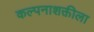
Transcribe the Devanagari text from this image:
कल्पनाशक्तीला